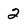
Character: 2